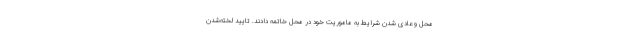
محل و عادی شدن شرایط به ماموریت خود در محل خاتمه دادند. تایید لخته‌شدن